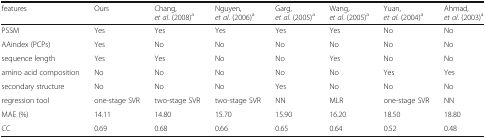
| features | Ours | Chang,et al. (2008)a | Nguyen,et al. (2006)a | Garg,et al. (2005)a | Wang,et al. (2005)a | Yuan,et al. (2004)a | Ahmad,et al. (2003)a |
 | --- | --- | --- | --- | --- | --- | --- | --- |
 | PSSM | Yes | Yes | Yes | Yes | Yes | No | No |
 | AAindex (PCPs) | Yes | No | No | No | No | No | No |
 | sequence length | Yes | Yes | No | No | Yes | No | No |
 | amino acid composition | No | No | No | No | No | Yes | Yes |
 | secondary structure | No | No | No | Yes | No | No | No |
 | regression tool | one-stage SVR | two-stage SVR | two-stage SVR | NN | MLR | one-stage SVR | NN |
 | MAE (%) | 14.11 | 14.80 | 15.70 | 15.90 | 16.20 | 18.50 | 18.80 |
 | CC | 0.69 | 0.68 | 0.66 | 0.65 | 0.64 | 0.52 | 0.48 |